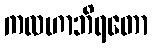
ကလဟာဘိရတော